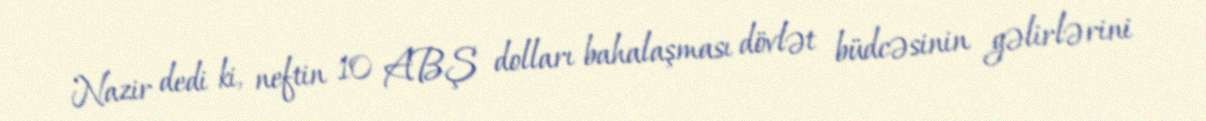
Nazir dedi ki, neftin 10 ABŞ dolları bahalaşması dövlət büdcəsinin gəlirlərini